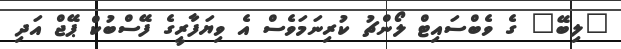
"ލިބޭ" ގެ ވެބްސައިޓް ލޯންޗު ކުރިނަމަވެސް އެ ވިޔަފާރީގެ ފޭސްބުކް ޕޭޖް އަދި